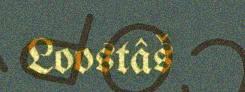
Loostâš